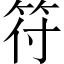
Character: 符